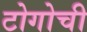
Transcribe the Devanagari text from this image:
टोगोची